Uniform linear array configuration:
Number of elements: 64
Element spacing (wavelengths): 0.25
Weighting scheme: hamming
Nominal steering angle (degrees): -30
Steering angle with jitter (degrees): -29.394
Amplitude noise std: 0.05
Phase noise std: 0.05

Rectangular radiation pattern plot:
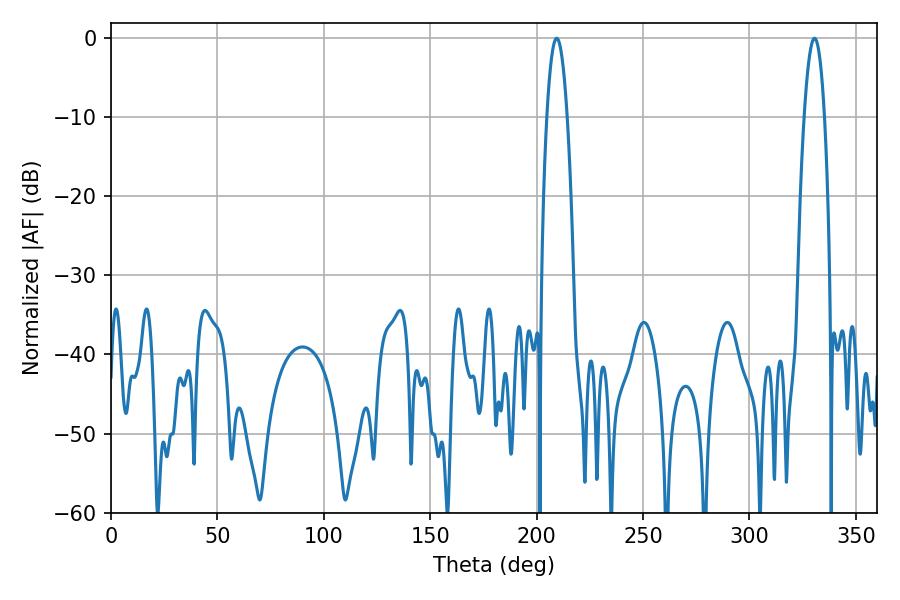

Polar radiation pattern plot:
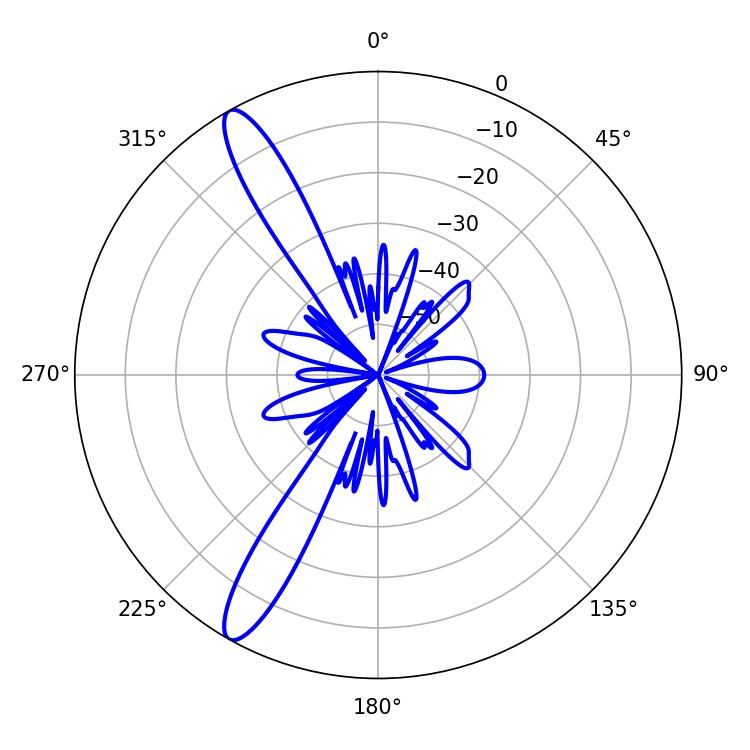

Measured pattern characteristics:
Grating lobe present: FALSE
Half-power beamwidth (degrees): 5.22
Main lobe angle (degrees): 209.34